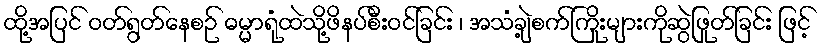
ထို့အပြင် ဝတ်ရွတ်နေစဉ် ဓမ္မာရုံထဲသို့ဖိနပ်စီးဝင်ခြင်း ၊ အသံချဲ့စက်ကြိုးများကိုဆွဲဖြုတ်ခြင်း ဖြင့်